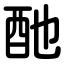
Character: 酏